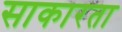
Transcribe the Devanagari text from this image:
साकारता